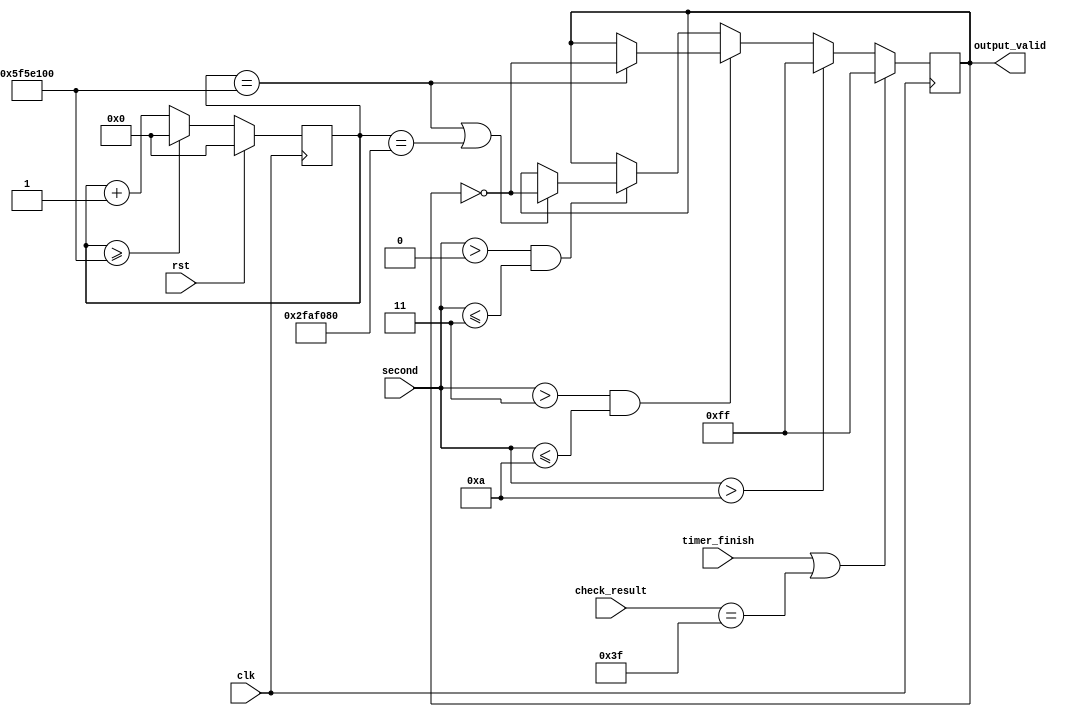
module led(
    input               clk,
    input               rst,
    input [7:0]         second,
    input               timer_finish,
    input [5:0]         check_result,
    output reg [7:0]    output_valid
);
localparam Hz = 100_000_000;
reg [63:0] counter;

always @(posedge clk) begin
    if(rst)
        counter <= 0;
    else begin
        if(counter >= Hz)
            counter <= 0;
        else
            counter <= counter + 1;
    end
end

always @(posedge clk) begin
    if(timer_finish == 1 || check_result == 6'b111_111)
        output_valid <= 8'b1111_1111;
    else begin
        if(second > 8'd10)
            output_valid <= 8'b1111_1111;
        else if(second > 8'd3 && second <= 8'd10) begin
            if(counter == Hz)
                output_valid <= ~output_valid;
        end
        else if(second > 8'd0 && second <= 8'd3)begin
            if(counter == Hz || counter == Hz/2)
                output_valid <= ~output_valid;
        end
    end
end
endmodule